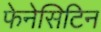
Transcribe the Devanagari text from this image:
फेनेसिटिन